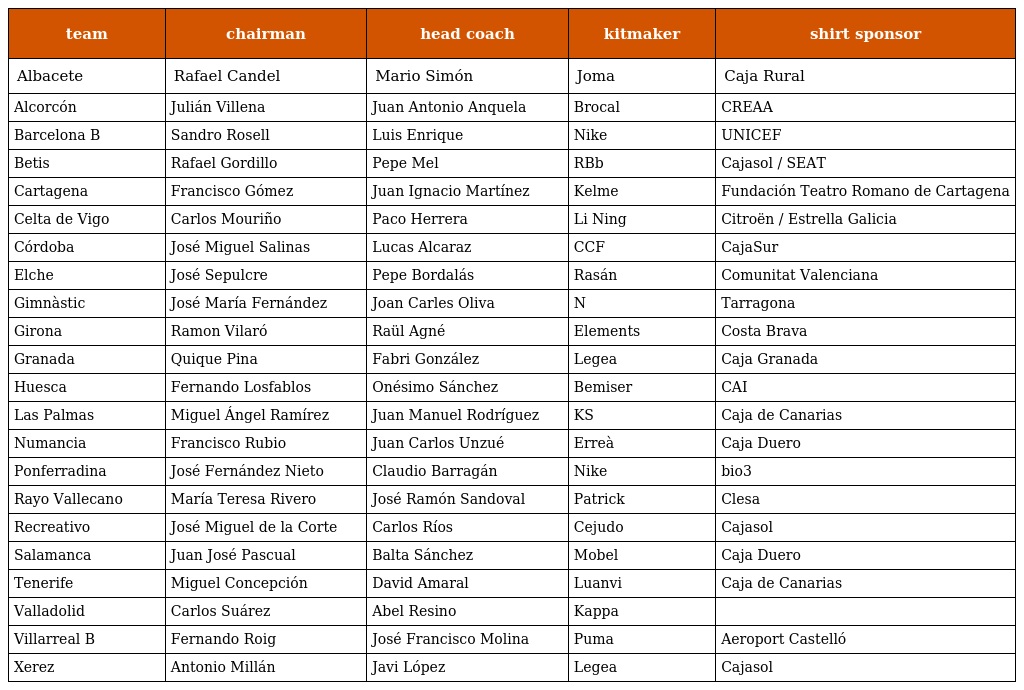
| team | chairman | head coach | kitmaker | shirt sponsor |
 | --- | --- | --- | --- | --- |
 | Albacete | Rafael Candel | Mario Simón | Joma | Caja Rural |
 | Alcorcón | Julián Villena | Juan Antonio Anquela | Brocal | CREAA |
 | Barcelona B | Sandro Rosell | Luis Enrique | Nike | UNICEF |
 | Betis | Rafael Gordillo | Pepe Mel | RBb | Cajasol / SEAT |
 | Cartagena | Francisco Gómez | Juan Ignacio Martínez | Kelme | Fundación Teatro Romano de Cartagena |
 | Celta de Vigo | Carlos Mouriño | Paco Herrera | Li Ning | Citroën / Estrella Galicia |
 | Córdoba | José Miguel Salinas | Lucas Alcaraz | CCF | CajaSur |
 | Elche | José Sepulcre | Pepe Bordalás | Rasán | Comunitat Valenciana |
 | Gimnàstic | José María Fernández | Joan Carles Oliva | N | Tarragona |
 | Girona | Ramon Vilaró | Raül Agné | Elements | Costa Brava |
 | Granada | Quique Pina | Fabri González | Legea | Caja Granada |
 | Huesca | Fernando Losfablos | Onésimo Sánchez | Bemiser | CAI |
 | Las Palmas | Miguel Ángel Ramírez | Juan Manuel Rodríguez | KS | Caja de Canarias |
 | Numancia | Francisco Rubio | Juan Carlos Unzué | Erreà | Caja Duero |
 | Ponferradina | José Fernández Nieto | Claudio Barragán | Nike | bio3 |
 | Rayo Vallecano | María Teresa Rivero | José Ramón Sandoval | Patrick | Clesa |
 | Recreativo | José Miguel de la Corte | Carlos Ríos | Cejudo | Cajasol |
 | Salamanca | Juan José Pascual | Balta Sánchez | Mobel | Caja Duero |
 | Tenerife | Miguel Concepción | David Amaral | Luanvi | Caja de Canarias |
 | Valladolid | Carlos Suárez | Abel Resino | Kappa |  |
 | Villarreal B | Fernando Roig | José Francisco Molina | Puma | Aeroport Castelló |
 | Xerez | Antonio Millán | Javi López | Legea | Cajasol |